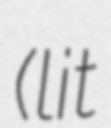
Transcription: (lit